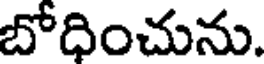
బోధించును.